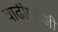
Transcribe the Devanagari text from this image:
वाढीएवजी